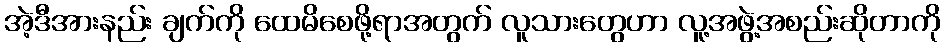
အဲ့ဒီအားနည်း ချက်ကို ထေမိစေဖို့ရာအတွက် လူသားတွေဟာ လူ့အဖွဲ့အစည်းဆိုတာကို